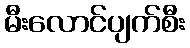
မီးလောင်ပျက်စီး